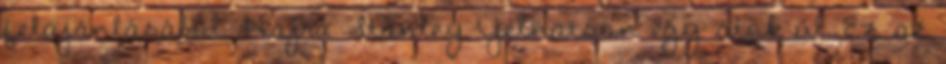
felajánlásából. Hajrá Stanley Yelnatson egy átok ül. Ez az